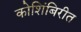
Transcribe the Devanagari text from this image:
कोशिंबिरीत